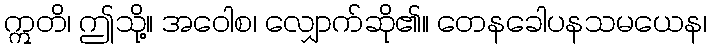
ဣတိ၊ ဤသို့။ အဝေါစ၊ လျှောက်ဆို၏။ တေနခေါပနသမယေန၊